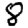
Digit: 8